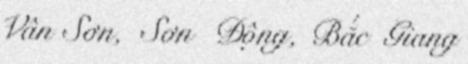
Vân Sơn, Sơn Động, Bắc Giang